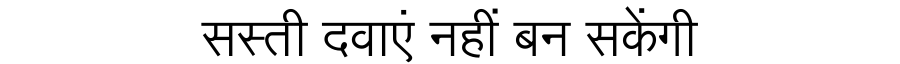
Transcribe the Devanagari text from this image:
सस्ती दवाएं नहीं बन सकेंगी